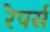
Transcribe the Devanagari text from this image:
रेपर्स